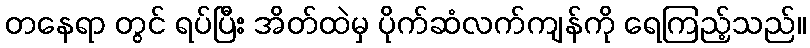
တနေရာ တွင် ရပ်ပြီး အိတ်ထဲမှ ပိုက်ဆံလက်ကျန်ကို ရေကြည့်သည်။